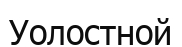
Уолостной